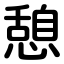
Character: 憩